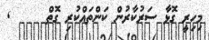
މިހިރީ ގޮޅާ ސަރުކާރުން ކަންތައްކުރި ގޮތް